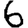
Digit: 6